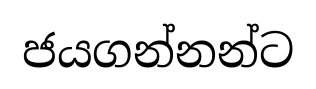
ජයගන්නන්ට